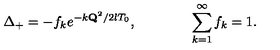
\Delta _ { + } = - f _ { k } e ^ { - k { \bf Q } ^ { 2 } / 2 l T _ { 0 } } , \qquad \qquad \sum _ { k = 1 } ^ { \infty } f _ { k } = 1 .